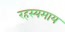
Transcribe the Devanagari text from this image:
रहस्यमाय